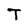
Character: T